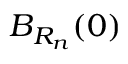
B _ { R _ { n } } ( 0 )